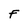
Character: F